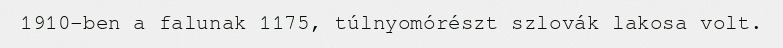
1910-ben a falunak 1175, túlnyomórészt szlovák lakosa volt.